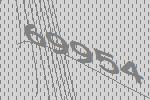
69954